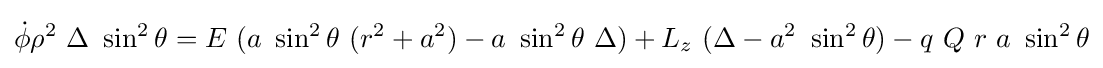
{\dot {\phi }}\rho ^{2}\ \Delta \ \sin ^{2}\theta =E\ (a\ \sin ^{2}\theta \ (r^{2}+a^{2})-a\ \sin ^{2}\theta \ \Delta )+L_{z}\ (\Delta -a^{2}\ \sin ^{2}\theta )-q\ Q\ r\ a\ \sin ^{2}\theta